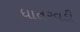
ધાતરવડી